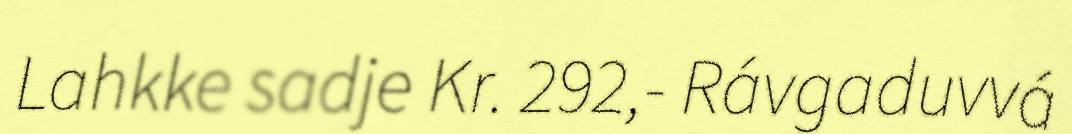
Lahkke sadje Kr. 292,- Rávgaduvvá